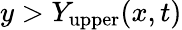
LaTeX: y>Y_{\mathrm{upper}}(x,t)